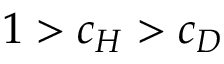
1 > c _ { H } > c _ { D }